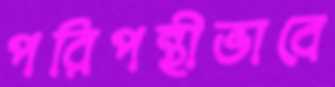
পরিপন্থীভাবে